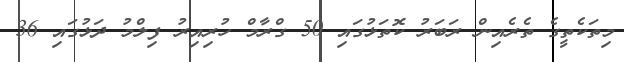
މިތަކެތީގެ ތެރެއިން ރަބަރު ކޮތަޅުގައި 50 ގްރާމް ހުރިއިރު ފިލްމު ދަޅުގައި 36